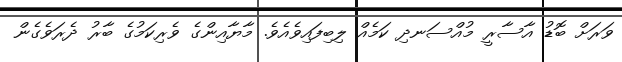
ވަރަށް ބޮޑު އާސާރީ މުއްސަނދި ކަމެއް ލިބިފައިވެއެވެ. މާޔާއިންގެ ވެރިކަމުގެ ބާރު ދެރަވެގެން